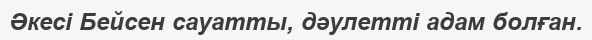
Әкесі Бейсен сауатты, дәулетті адам болған.